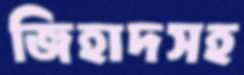
জিহাদসহ